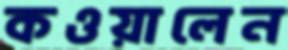
কওয়ালেন